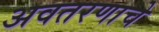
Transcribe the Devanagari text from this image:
अवतरणाचे